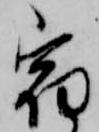
宿